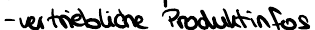
- vertriebliche Produktinfos